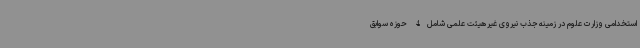
استخدامی وزارت علوم در زمینه جذب نیروی غیرهیئت علمی شامل4 حوزه سوابق